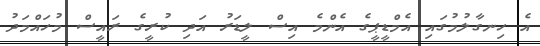
އެ ހިނގާލުމުގައި އެމްޑީޕީގެ އެންމެ އިސް ލީޑަރު އަދި ކުރީގެ ރައީސް މުހައްމަދު